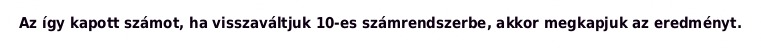
Az így kapott számot, ha visszaváltjuk 10-es számrendszerbe, akkor megkapjuk az eredményt.